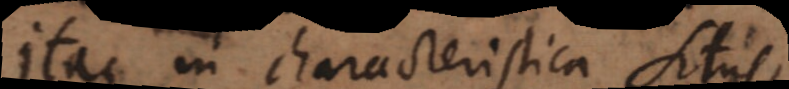
Itaque in characteristica situs,